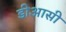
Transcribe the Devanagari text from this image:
डीआसी